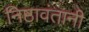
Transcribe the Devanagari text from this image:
निष्ठावंतानी